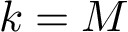
k = M